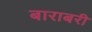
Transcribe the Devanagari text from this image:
बाराबरी